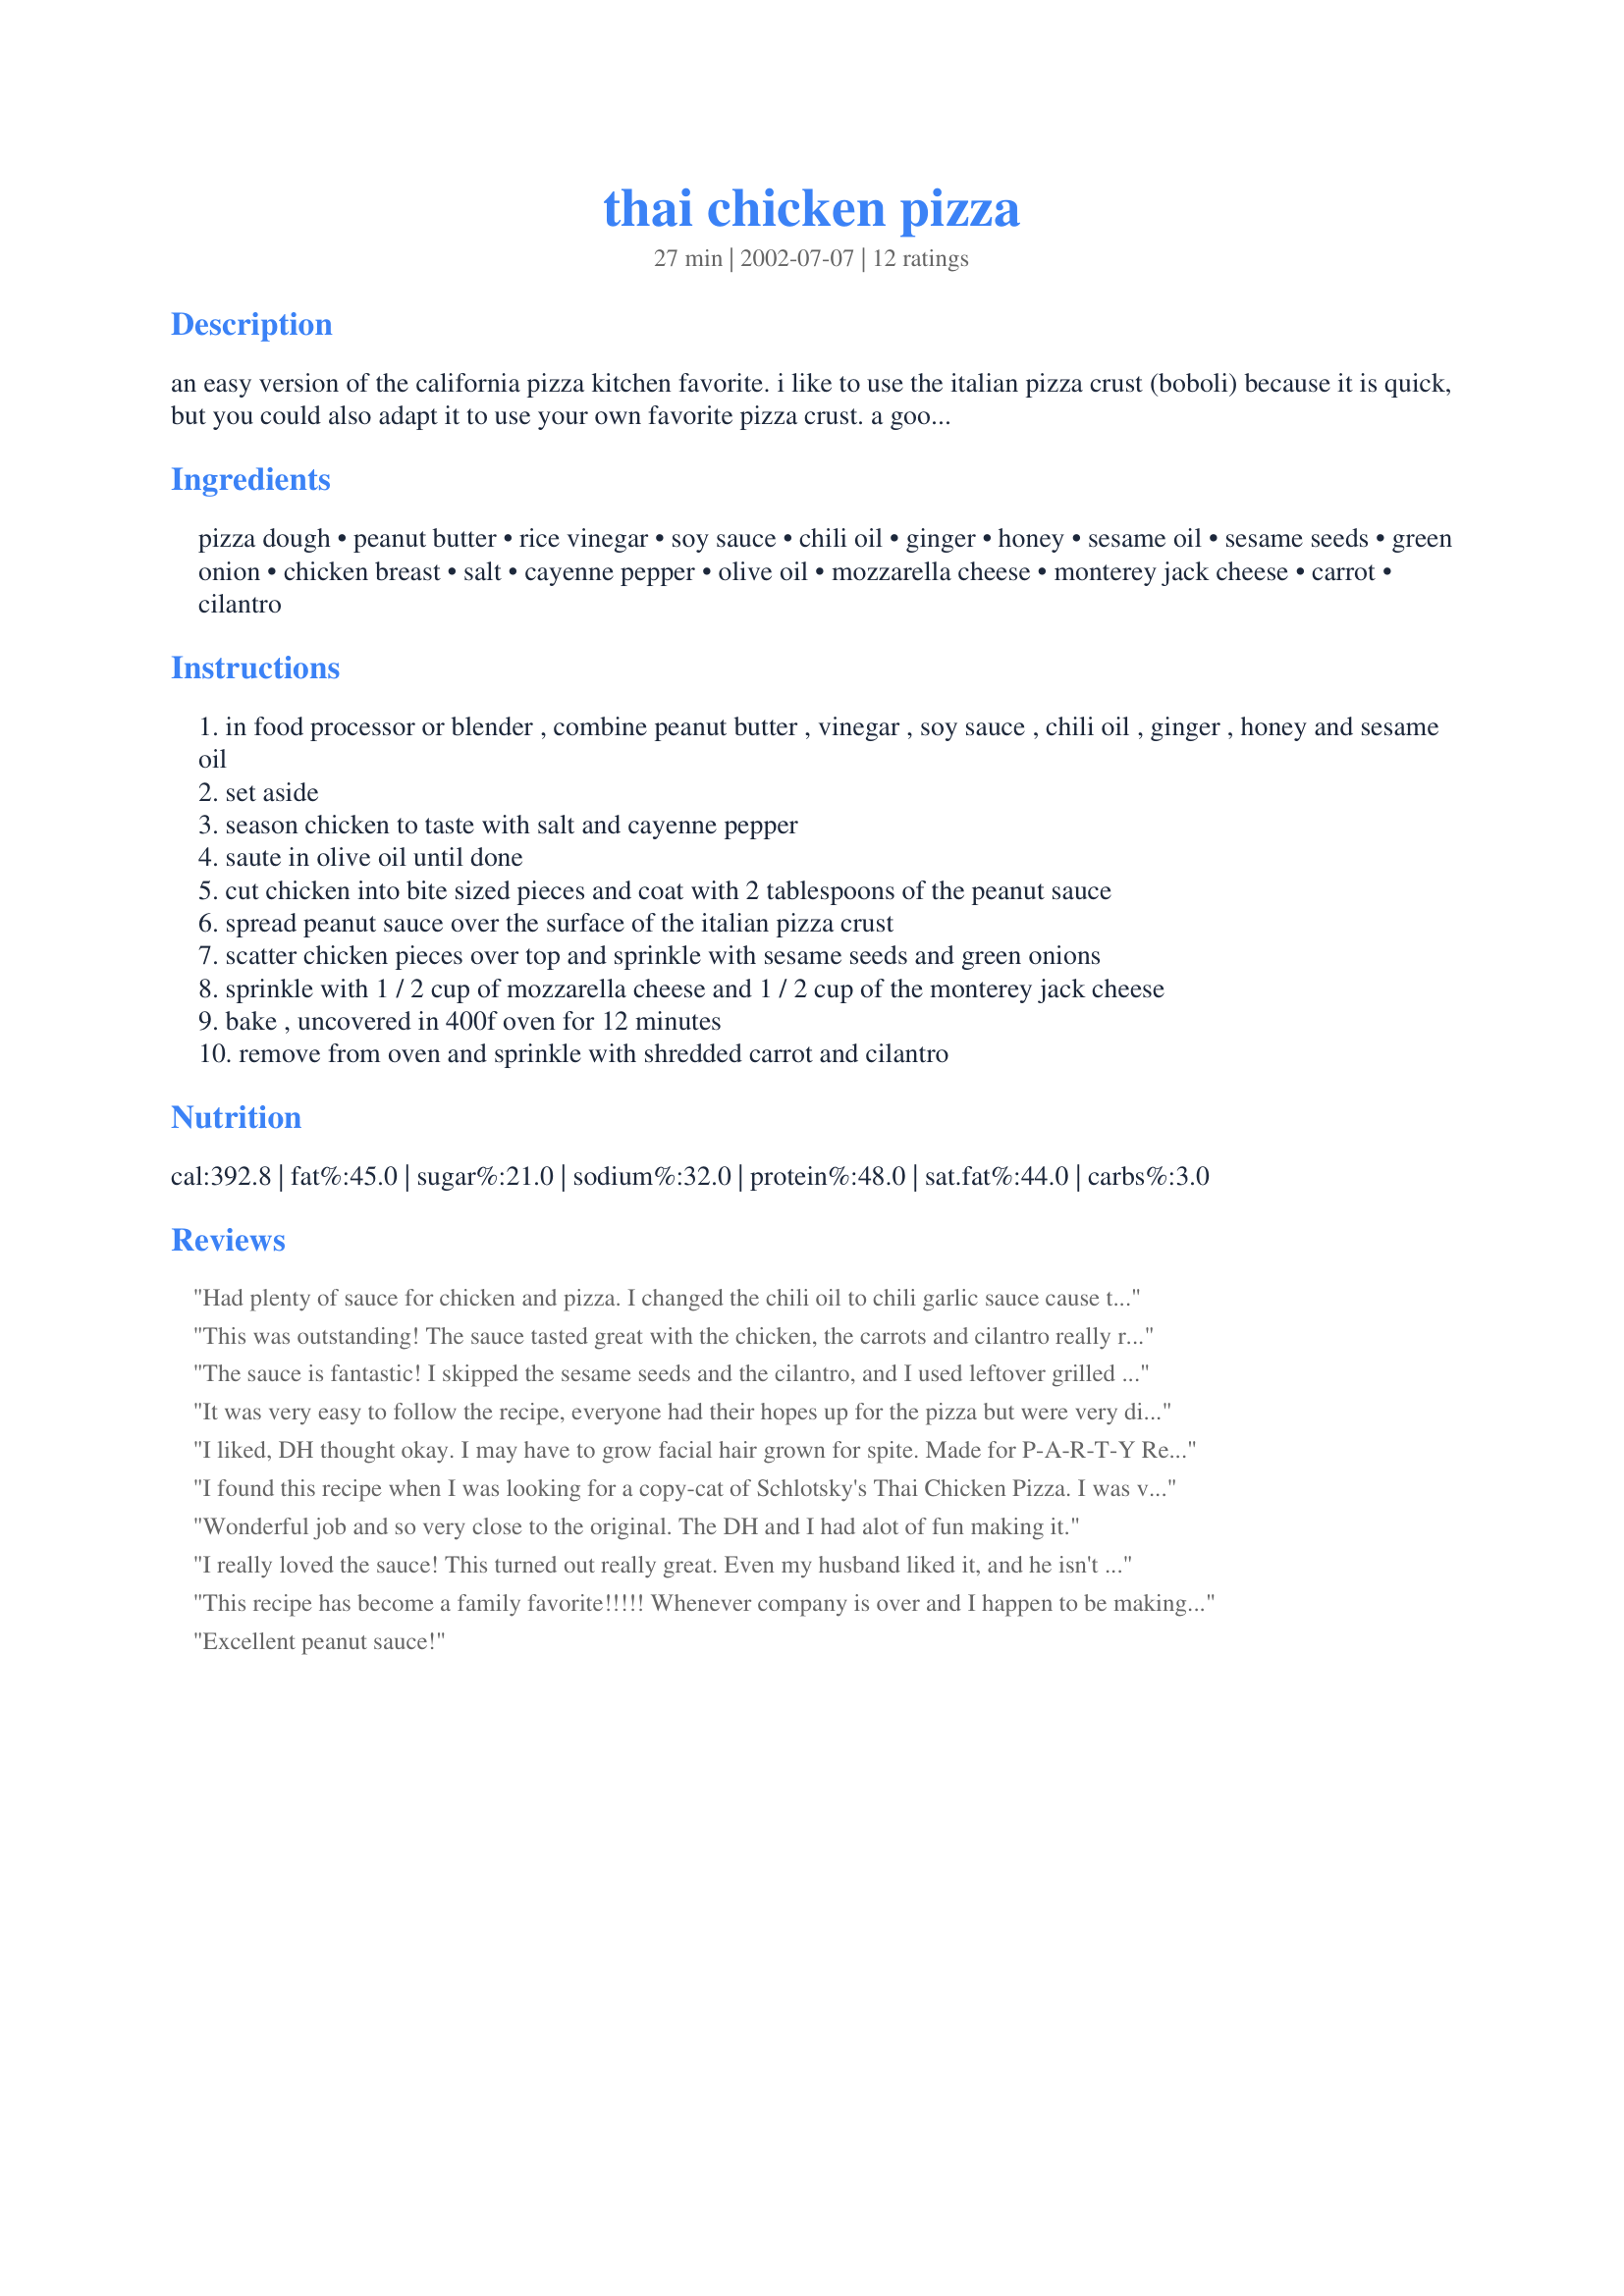
thai chicken pizza
Preparation time: 27 minutes

an easy version of the california pizza kitchen favorite. i like to use the italian pizza crust (boboli) because it is quick, but you could also adapt it to use your own favorite pizza crust. a good one i like here on zaar is recipe #8497 posted by steve sickenberger.

Ingredients:
pizza dough, peanut butter, rice vinegar, soy sauce, chili oil, ginger, honey, sesame oil, sesame seeds, green onion, chicken breast, salt, cayenne pepper, olive oil, mozzarella cheese, monterey jack cheese, carrot, cilantro

Steps:
in food processor or blender , combine peanut butter , vinegar , soy sauce , chili oil , ginger , honey and sesame oil
set aside
season chicken to taste with salt and cayenne pepper
saute in olive oil until done
cut chicken into bite sized pieces and coat with 2 tablespoons of the peanut sauce
spread peanut sauce over the surface of the italian pizza crust
scatter chicken pieces over top and sprinkle with sesame seeds and green onions
sprinkle with 1 / 2 cup of mozzarella cheese and 1 / 2 cup of the monterey jack cheese
bake , uncovered in 400f oven for 12 minutes
remove from oven and sprinkle with shredded carrot and cilantro

Reviews:
Had plenty of sauce for chicken and pizza. I changed the chili oil to chili garlic sauce cause that's what I had and omitted the sesame seeds cause I din't have any. The family LOVED this, including the picky 10 year old. This will become a part of our regular pizza routine. Thanks!
This was outstanding! The sauce tasted great with the chicken, the carrots and cilantro really rounded out the flavors. I didn't have any chili oil so I added a sprinkle of red pepper flakes and that added just the right amount of heat. Also, I used a little garlic powder on the chicken. For us, everything has to have garlic. I'm definitely going to make this again!
The sauce is fantastic! I skipped the sesame seeds and the cilantro, and I used leftover grilled chicken instead of following the recipe. The pizza was really tasty. We'll definitely be making this again.
It was very easy to follow the recipe, everyone had their hopes up for the pizza but were very disappointed. Way to much peanut flavor and no heat what so ever. I made no alterations and feel horrible with leaving a bad review but this one is not for us... The kids took about 2 bites and complained about not liking it..and they eat everything. Hopefully others have better results than my house did.
I liked, DH thought okay. I may have to grow facial hair grown for spite. Made for P-A-R-T-Y Recipe Tag.
I found this recipe when I was looking for a copy-cat of Schlotsky's Thai Chicken Pizza. I was very disappointed. There was not enough sauce and so it's flavor didn't carry through the pizza. Plus my husband thought that it was too peanutty. Needless to say I'll continue my search.
Wonderful job and so very close to the original. The DH and I had alot of fun making it.
I really loved the sauce! This turned out really great. Even my husband liked it, and he isn't generally a fan of Thai food. Thanks for a great recipe!
This recipe has become a family favorite!!!!! Whenever company is over and I happen to be making this, they ALWAYS want the recipe! Absolutely love it. The peanutty sauce is fantastic.
Excellent peanut sauce!
This was a very tasty recipe, I like having something new to do with Boboli and it is a great way to use leftover cooked chicken. However, the ingredient list includes two items not mentioned in the instructions. I mixed half the scallions and sesame seeds with the chicken and sauce and the other half I reserved to sprinkle on top after cooking, with the carrot and cilantro. Also, sliced hot peppers make a nice addition.
YUM! This was really tasty. The only thing I would do differently next time is double the amount of sauce because I liked it so much I wanted more of it!
